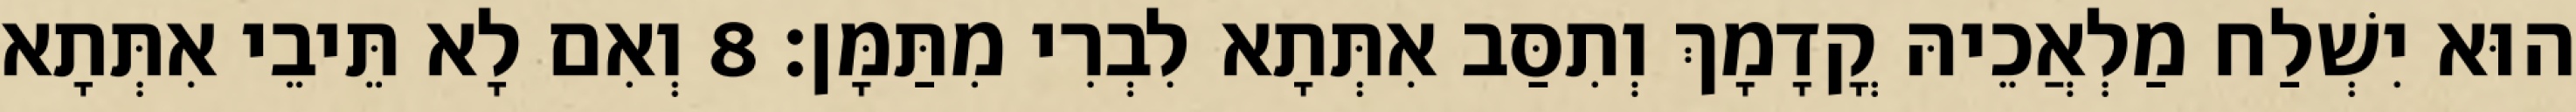
הוּא יִשְׁלַח מַלְאֲכֵיהּ קֳדָמָךְ וְתִסַּב אִתְּתָא לִבְרִי מִתַּמָּן׃ 8 וְאִם לָא תֵּיבֵי אִתְּתָא